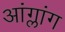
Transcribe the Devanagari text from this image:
आंग्लांग